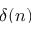
\delta ( n )